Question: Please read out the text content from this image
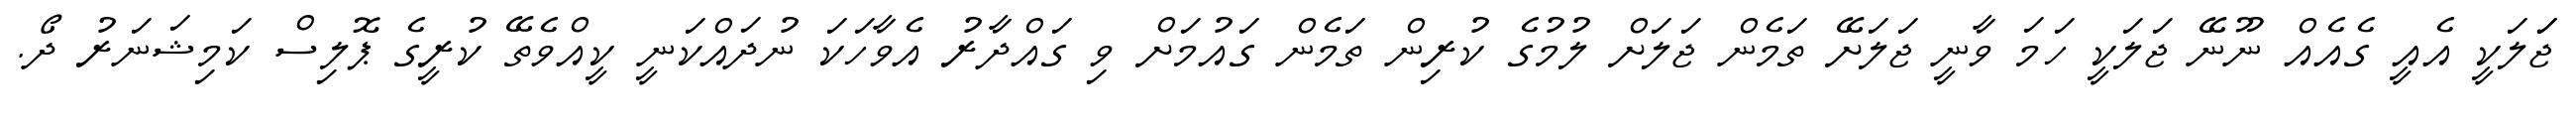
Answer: ޖަަލަކީ އެއީ ގެއެއް ނޫނޭ ޖަލަކީ ހަމަ ވާނީ ޖަލަށޭ ތަމެން ޖަލަށް ލުމުގެ ކުރިން ތަމެން ގައުމަށް ވި ގައްދާރު އެވާހަކަ ނުދައްކަނީ ކީއްވެތޭ ކުރީގެ ޕޮލިސް ކަމިޝަނަރު ދޯ.